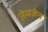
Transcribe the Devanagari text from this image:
ज़ेमज़ेन